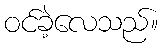
ဝင်ခဲ့လေသည်။